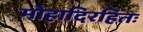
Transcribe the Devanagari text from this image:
मोहादिरहितः